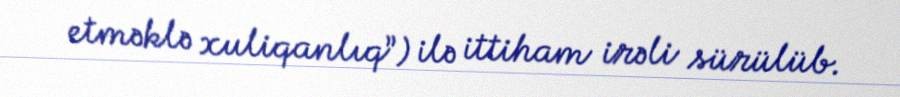
etməklə xuliqanlıq”) ilə ittiham irəli sürülüb.